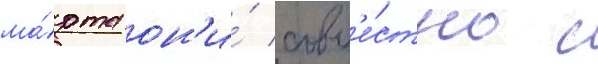
ма́рта он'и́ совм'е́стно с